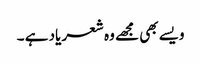
ویسے بھی مجھے وہ شعر یاد ہے ۔